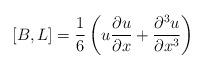
LaTeX: \begin{align*}\left[ B , L \right] = {1\over 6} \left(u {\partial u\over \partial x}+ {\partial^{3} u\over \partial x^{3}}\right)\end{align*}